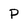
Character: P